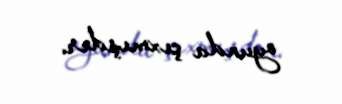
oyunda çıxmışdır.